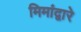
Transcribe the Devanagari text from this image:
मिमांद्वारे